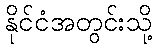
နိုင်ငံအတွင်းသို့